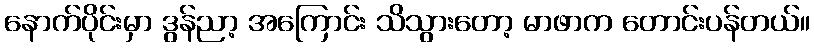
နောက်ပိုင်းမှာ ဒွန်ညာ့ အကြောင်း သိသွားတော့ မာဖာက တောင်းပန်တယ်။